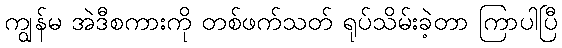
ကျွန်မ အဲဒီစကားကို တစ်ဖက်သတ် ရုပ်သိမ်းခဲ့တာ ကြာပါပြီ